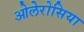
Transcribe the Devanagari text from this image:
ओलेरोसिया